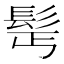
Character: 𩬆